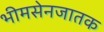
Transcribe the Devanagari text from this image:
भीमसेनजातक